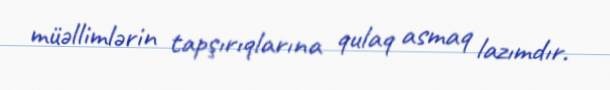
müəllimlərin tapşırıqlarına qulaq asmaq lazımdır.